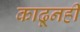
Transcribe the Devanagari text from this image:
काढूनही